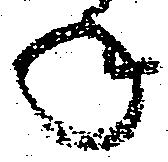
年